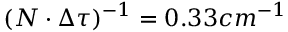
( N \cdot \Delta \tau ) ^ { - 1 } = 0 . 3 3 c m ^ { - 1 }